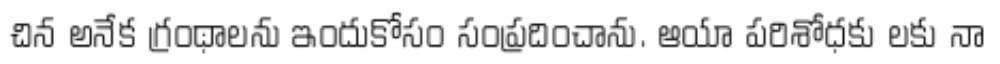
చిన అనేక గ్రంథాలను ఇందుకోసం సంప్రదించాను. ఆయా పరిశోధకు లకు నా